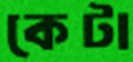
কেটা